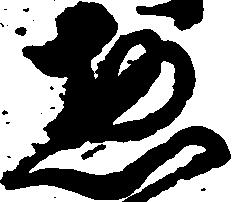
惣